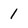
Character: 1